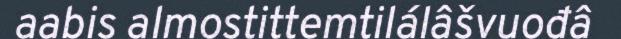
aabis almostittemtilálâšvuođâ